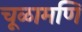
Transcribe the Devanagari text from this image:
चूळामणि